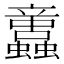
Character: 𧕢